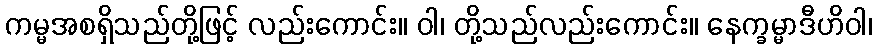
ကမ္မအစရှိသည်တို့ဖြင့် လည်းကောင်း။ ဝါ၊ တို့သည်လည်းကောင်း။ နေက္ခမ္မာဒီဟိဝါ၊